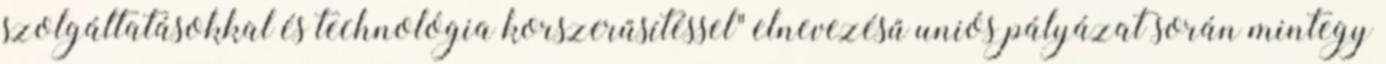
szolgáltatásokkal és technológia korszerűsítéssel" elnevezésű uniós pályázat során mintegy